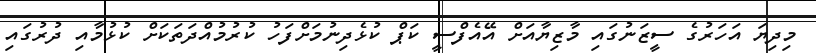
މިދިޔަ އަހަރުގެ ސީޒަނުގައި މާޒިޔާއަށް އޭއެފްސީ ކަޕް ކުޅެދިނުމަށްފަހު ކުރުމުއްދަތަކަށް ކުޅުމާއި ދުރުގައި